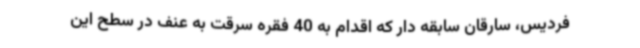
فردیس، سارقان سابقه دار که اقدام به 40 فقره سرقت به عنف در سطح این